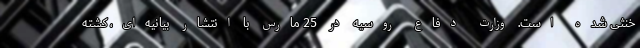
خنثی شده است. وزارت دفاع روسیه در 25 مارس با انتشار بیانیه‌ای، کشته